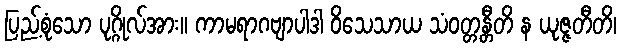
ပြည့်စုံသော ပုဂ္ဂိုလ်အား။ ကာမရာဂဗျာပါဒါ ဝိသေသာယ သံဝတ္တန္တီတိ န ယုဇ္ဇတီတိ၊